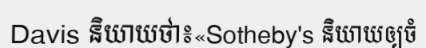
Davis និយាយថា៖«Sotheby's និយាយឲ្យចំ